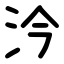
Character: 汵